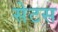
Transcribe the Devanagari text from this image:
सेटस